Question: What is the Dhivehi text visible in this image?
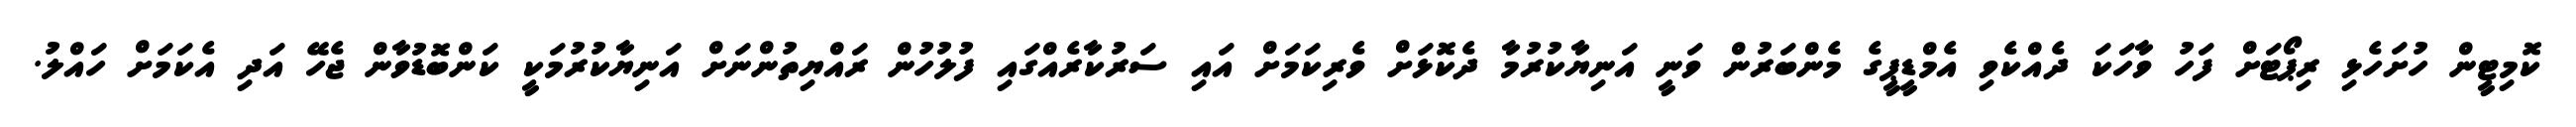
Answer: ކޮމިޓީން ހުށަހެޅި ރިޕޯޓަށް ފަހު ވާހަކަ ދެއްކެވި އެމްޑީޕީގެ މެންބަރުން ވަނީ އަނިޔާކުރުމާ ދެކޮޅަށް ވެރިކަމަށް އައި ސަރުކާރެއްގައި ފުލުހުން ރައްޔިތުންނަށް އަނިޔާކުރުމަކީ ކަންބޮޑުވާން ޖެހޭ އަދި އެކަމަށް ހައްލު.